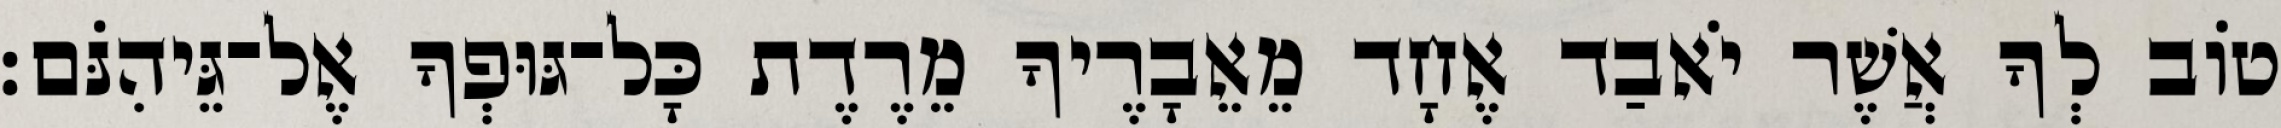
טוֹב לְךָ אֲשֶׁר יֹאבַד אֶחָד מֵאֵבָרֶיךָ מֵרֶדֶת כָּל־גּוּפְךָ אֶל־גֵּיהִנֹּם׃